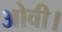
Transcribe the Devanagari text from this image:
ओवी।